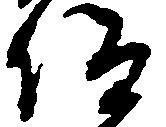
仰